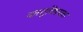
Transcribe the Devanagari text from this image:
वास्तुविषयक